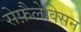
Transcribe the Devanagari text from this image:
सेफ़ैलेक्सिन